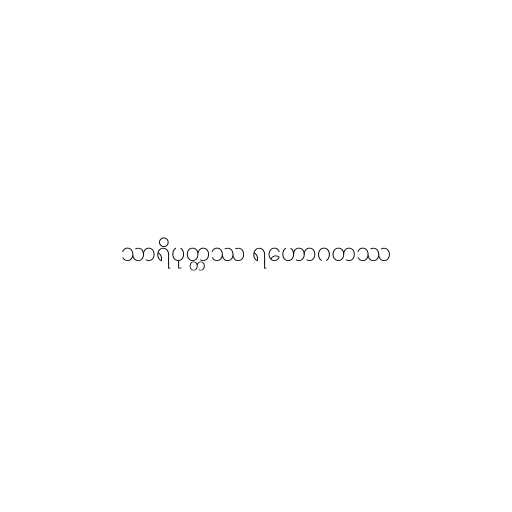
သာရိပုတ္တဿ ရဟောဂတဿ